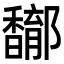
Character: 𨟝